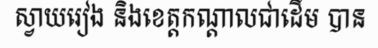
ស្វាយរៀង និងខេត្តកណ្តាលជាដើម បាន